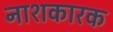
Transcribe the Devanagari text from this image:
नाशकारक